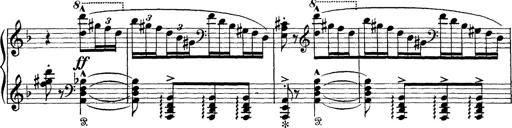
Title: Scherzo und Marsch
Composer: Franz Liszt